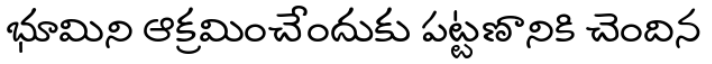
భూమిని ఆక్రమించేందుకు పట్టణానికి చెందిన